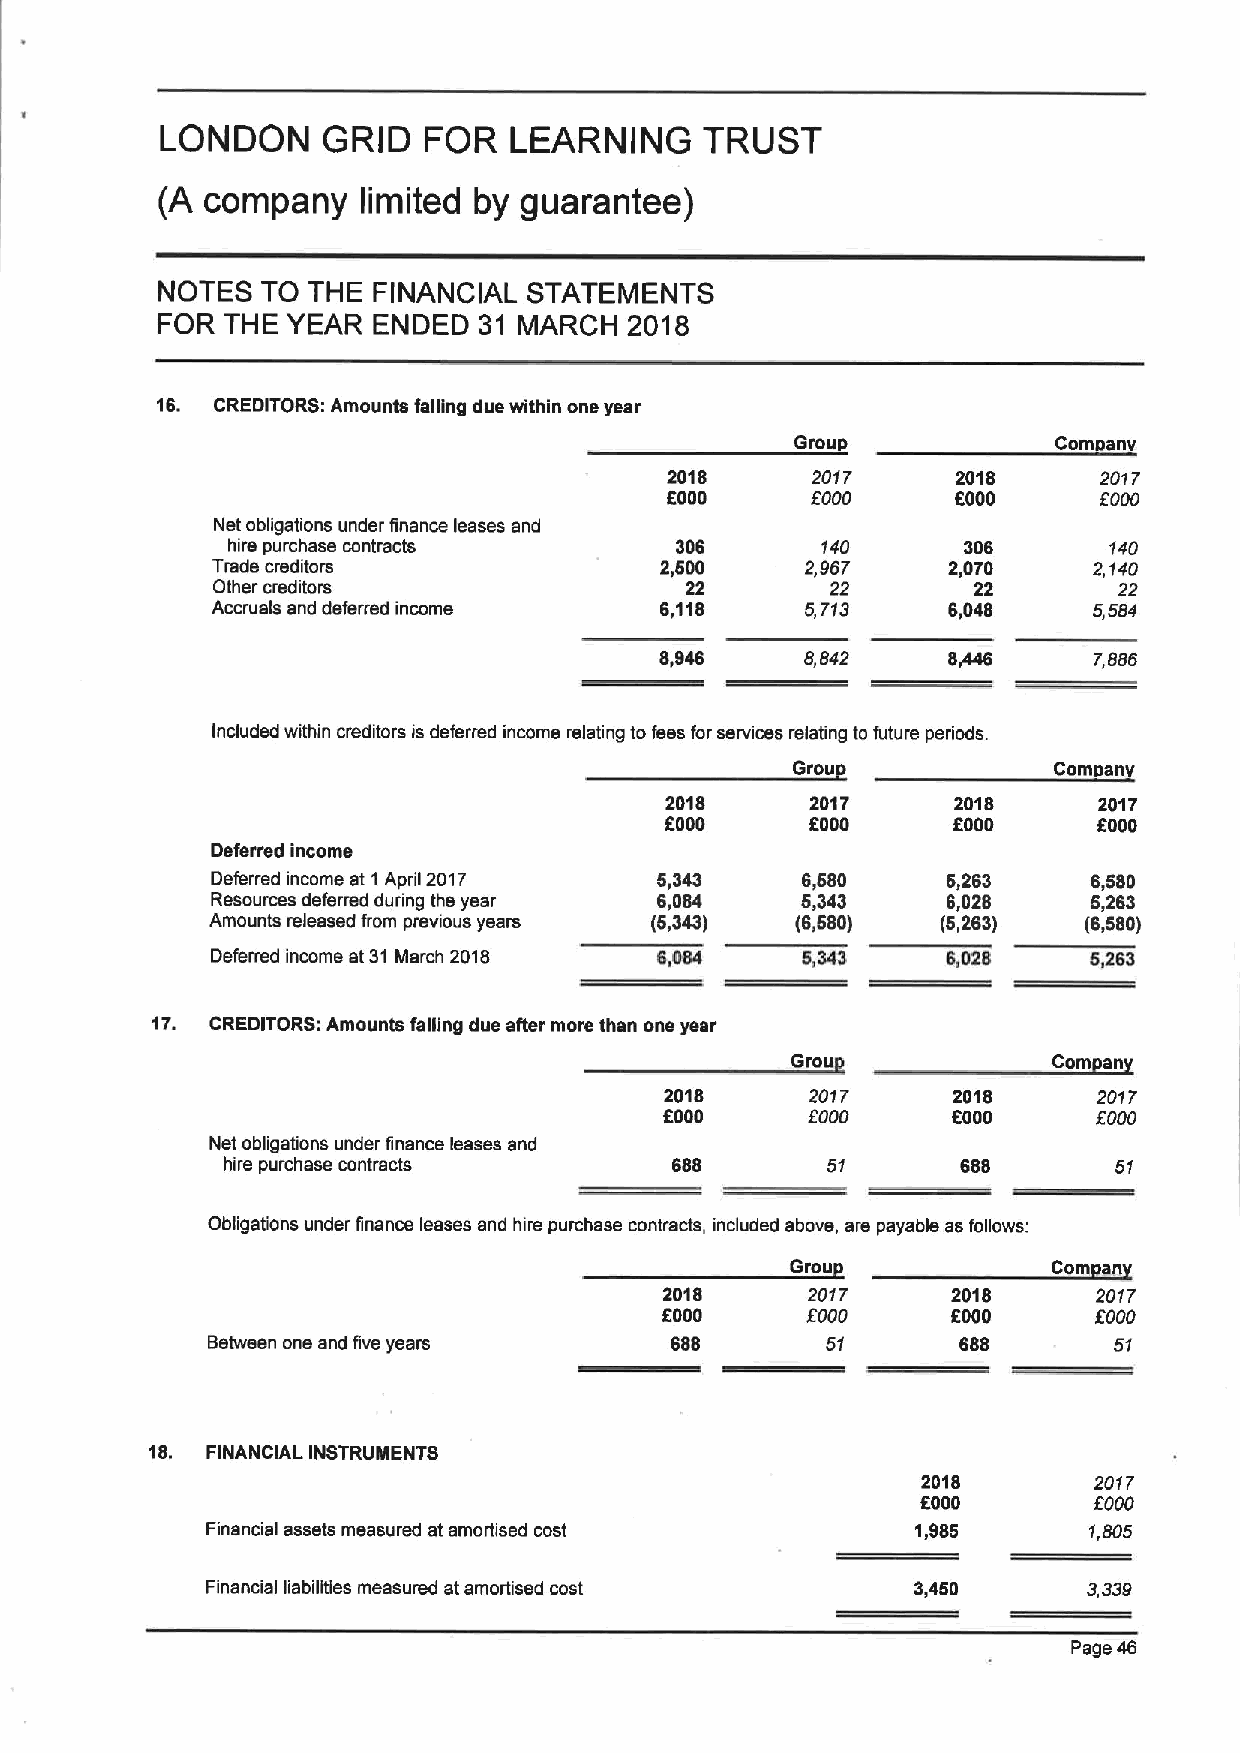
LONDON    GRID   FOR   LEARNING     TRUST
 (A  company   limited by guarantee)
 NOTES  TO THE  FINANCIAL STATEMENTS
 FOR  THE YEAR  ENDED  31 MARCH  2018
 16. CREDITORS: Amounts falgng due within one year
 Group            Com anv
 2018      2017     2018      2017
 Kooo      f000     Kooo      KOOO
 Net obligations under finance leases and
 hire purchase contracts       306      140       306      140
 Trade creditors               2,500    2,957     2,070    2,140
 Other creditors                22        22       22        22
 Accruals and deferred income  6,118    5,713     6,048    5,584
 8,846    8,542     8,446    7,$$6
 Included within creditors is deferred income relating to fees for services relating to future periods.
 Gros              Comps n
 2018      2017     2018      2017
 Kooo      Kooo     Kooo      Kooo
 Deferred income
 Deferred income at 1 April 2017 5,343  6,580     5,263    6,580
 Resources deferred during the year 6,084 5,343   6,028    5,263
 Amounts released from previous years (5,343) (6,580) (6,263) (6,580)
 Deferred income at 31 March 201$ 6,084 6,343     6,028    5,263
 17. CREDITORS: Amounts falling due after more than one year
 Grou              Com an
 2018      2017     2o(e      2017
 KOOO     ZOOO      Kooo      KOOO
 Net obligations under finance leases and
 hire purchase contracts      688        51       6$8       51
 Obligations under finance leases and hire purchase contracts, included above, are payable as follows:
 Grou              Com an
 2018     2017      2ofe      2017
 Kooo     KOOO      Kooo     KOOO
 Between one and five years    688        51       688       51
 18. FINANCIAL INSTRUMENTS
 2018       2017
 Kooo       KOOO
 Financial assets measured at amortised cost    1,885      1,505
 Financial liabilities measured at amortised cost 3,460
 Page 46